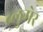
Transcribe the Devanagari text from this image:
ब्लुमेर